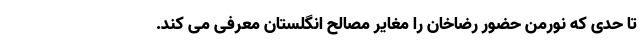
تا حدی که نورمن حضور رضاخان را مغایر مصالح انگلستان معرفی می کند.